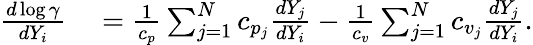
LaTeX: \begin{array}{rl}{\frac{d\log\gamma}{dY_{i}}}&{{}=\frac{1}{c_{p}}\sum_{j=1}^{N}c_{p_{j}}\frac{dY_{j}}{dY_{i}}-\frac{1}{c_{v}}\sum_{j=1}^{N}c_{v_{j}}\frac{dY_{j}}{dY_{i}}.}\end{array}